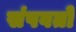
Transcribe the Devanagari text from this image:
संपवतो